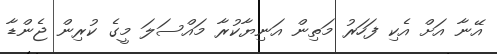
އޭނާ އަށް އެކި ފަހަރު މަތިން އަނިޔާކުރާ މަައްސަލަ މީގެ ކުރިން ޖެންޑާ